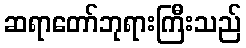
ဆရာတော်ဘုရားကြီးသည်